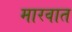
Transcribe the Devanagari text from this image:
मारवात